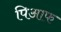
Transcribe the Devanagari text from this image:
पिआफ